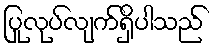
ပြုလုပ်လျက်ရှိပါသည်